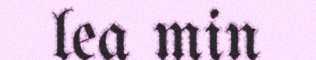
lea min